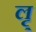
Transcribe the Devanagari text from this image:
लृ्